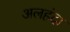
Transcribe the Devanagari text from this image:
अलहंदा